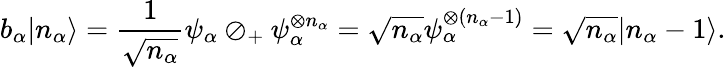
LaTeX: b_{\alpha}|n_{\alpha}\rangle={\frac{1}{\sqrt{n_{\alpha}}}}\psi_{\alpha}\oslash_{+}\psi_{\alpha}^{\otimes n_{\alpha}}={\sqrt{n_{\alpha}}}\psi_{\alpha}^{\otimes(n_{\alpha}-1)}={\sqrt{n_{\alpha}}}|n_{\alpha}-1\rangle.